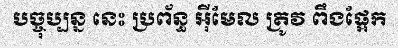
បច្ចុប្បន្ន នេះ ប្រព័ន្ធ អ៊ីមែល ត្រូវ ពឹងផ្អែក